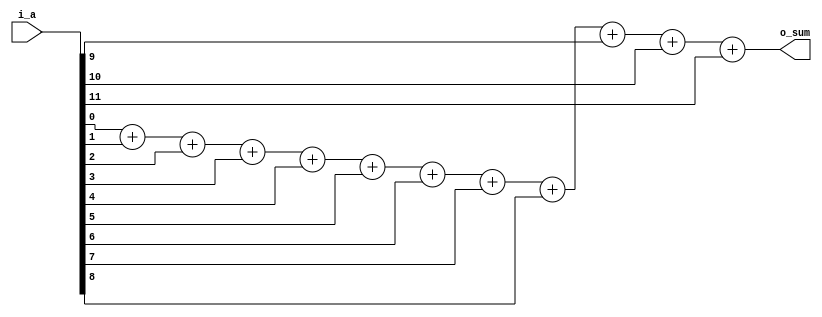
module adder_12in_1b (

        input [WIDTH_in-1:0] i_a,

        output [WIDTH_out:0] o_sum
    
    );
        parameter WIDTH_in = 12; 
        parameter WIDTH_out = 4;
        

        reg [WIDTH_out:0] sum_p;
        //reg [WIDTH_out:0] cout;
        //reg [WIDTH_in:0] cin;
  


always @(*)
    begin
        sum_p = i_a[0] + i_a[1] + i_a[2] + i_a[3] + i_a[4] + i_a[5] + i_a[6] + i_a[7] + i_a[8] + i_a[9] + i_a[10] + i_a[11];



    end

    assign o_sum = sum_p;

    endmodule